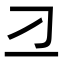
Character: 𬺴